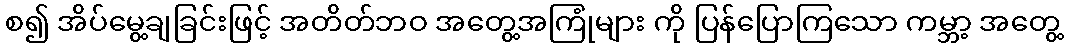
စ၍ အိပ်မွေ့ချခြင်းဖြင့် အတိတ်ဘဝ အတွေ့အကြုံများ ကို ပြန်ပြောကြသော ကမ္ဘာ့ အတွေ့